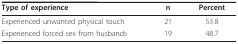
<table><thead><tr><td><b>Type of experience</b></td><td><b>n</b></td><td><b>Percent</b></td></tr></thead><tbody><tr><td>Experienced unwanted physical touch</td><td>21</td><td>53.8</td></tr><tr><td>Experienced forced sex from husbands</td><td>19</td><td>48.7</td></tr></tbody></table>